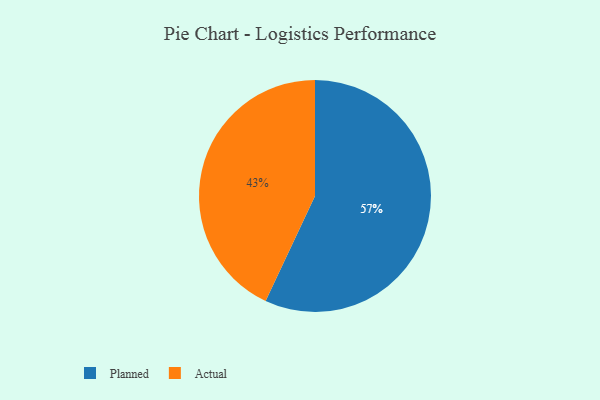
{"axis": {"x": "Category", "y": "Percentage"}, "legend": ["Actual", "Planned"], "data": [{"x": "Planned", "y": 57, "type": "Planned"}, {"x": "Actual", "y": 43, "type": "Actual"}]}